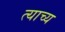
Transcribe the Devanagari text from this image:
त्याच्य